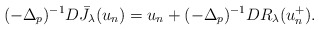
\begin{align*} (-\Delta_p)^{-1} D\bar J_\lambda(u_n) = u_n + (-\Delta_p)^{-1} DR_\lambda(u_n^+).\end{align*}